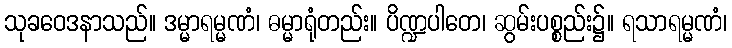
သုခဝေဒနာသည်။ ဒမ္မာရမ္မဏံ၊ ဓမ္မာရုံတည်း။ ပိဏ္ဍပါတေ၊ ဆွမ်းပစ္စည်း၌။ ရသာရမ္မဏံ၊